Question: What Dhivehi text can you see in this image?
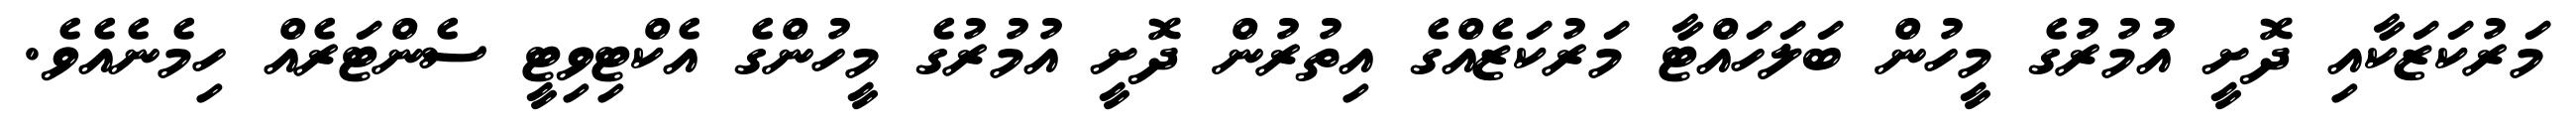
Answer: މަރުކަޒަކާއި ދޮށީ އުމުރުގެ މީހުން ބަލަހައްޓާ މަރުކަޒެއްގެ އިތުރުން ދޮށީ އުމުރުގެ މީހުންގެ އެކްޓިވިޓީ ސެންޓަރެއް ހިމެނެއެވެ.